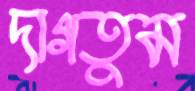
দাগতুম